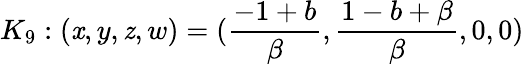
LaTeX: K_{9}:(\mathit{x},y,\mathit{z},w)=(\frac{{-1+b}}{{\beta}},\frac{{1-b+\beta}}{{\beta}},0,0)